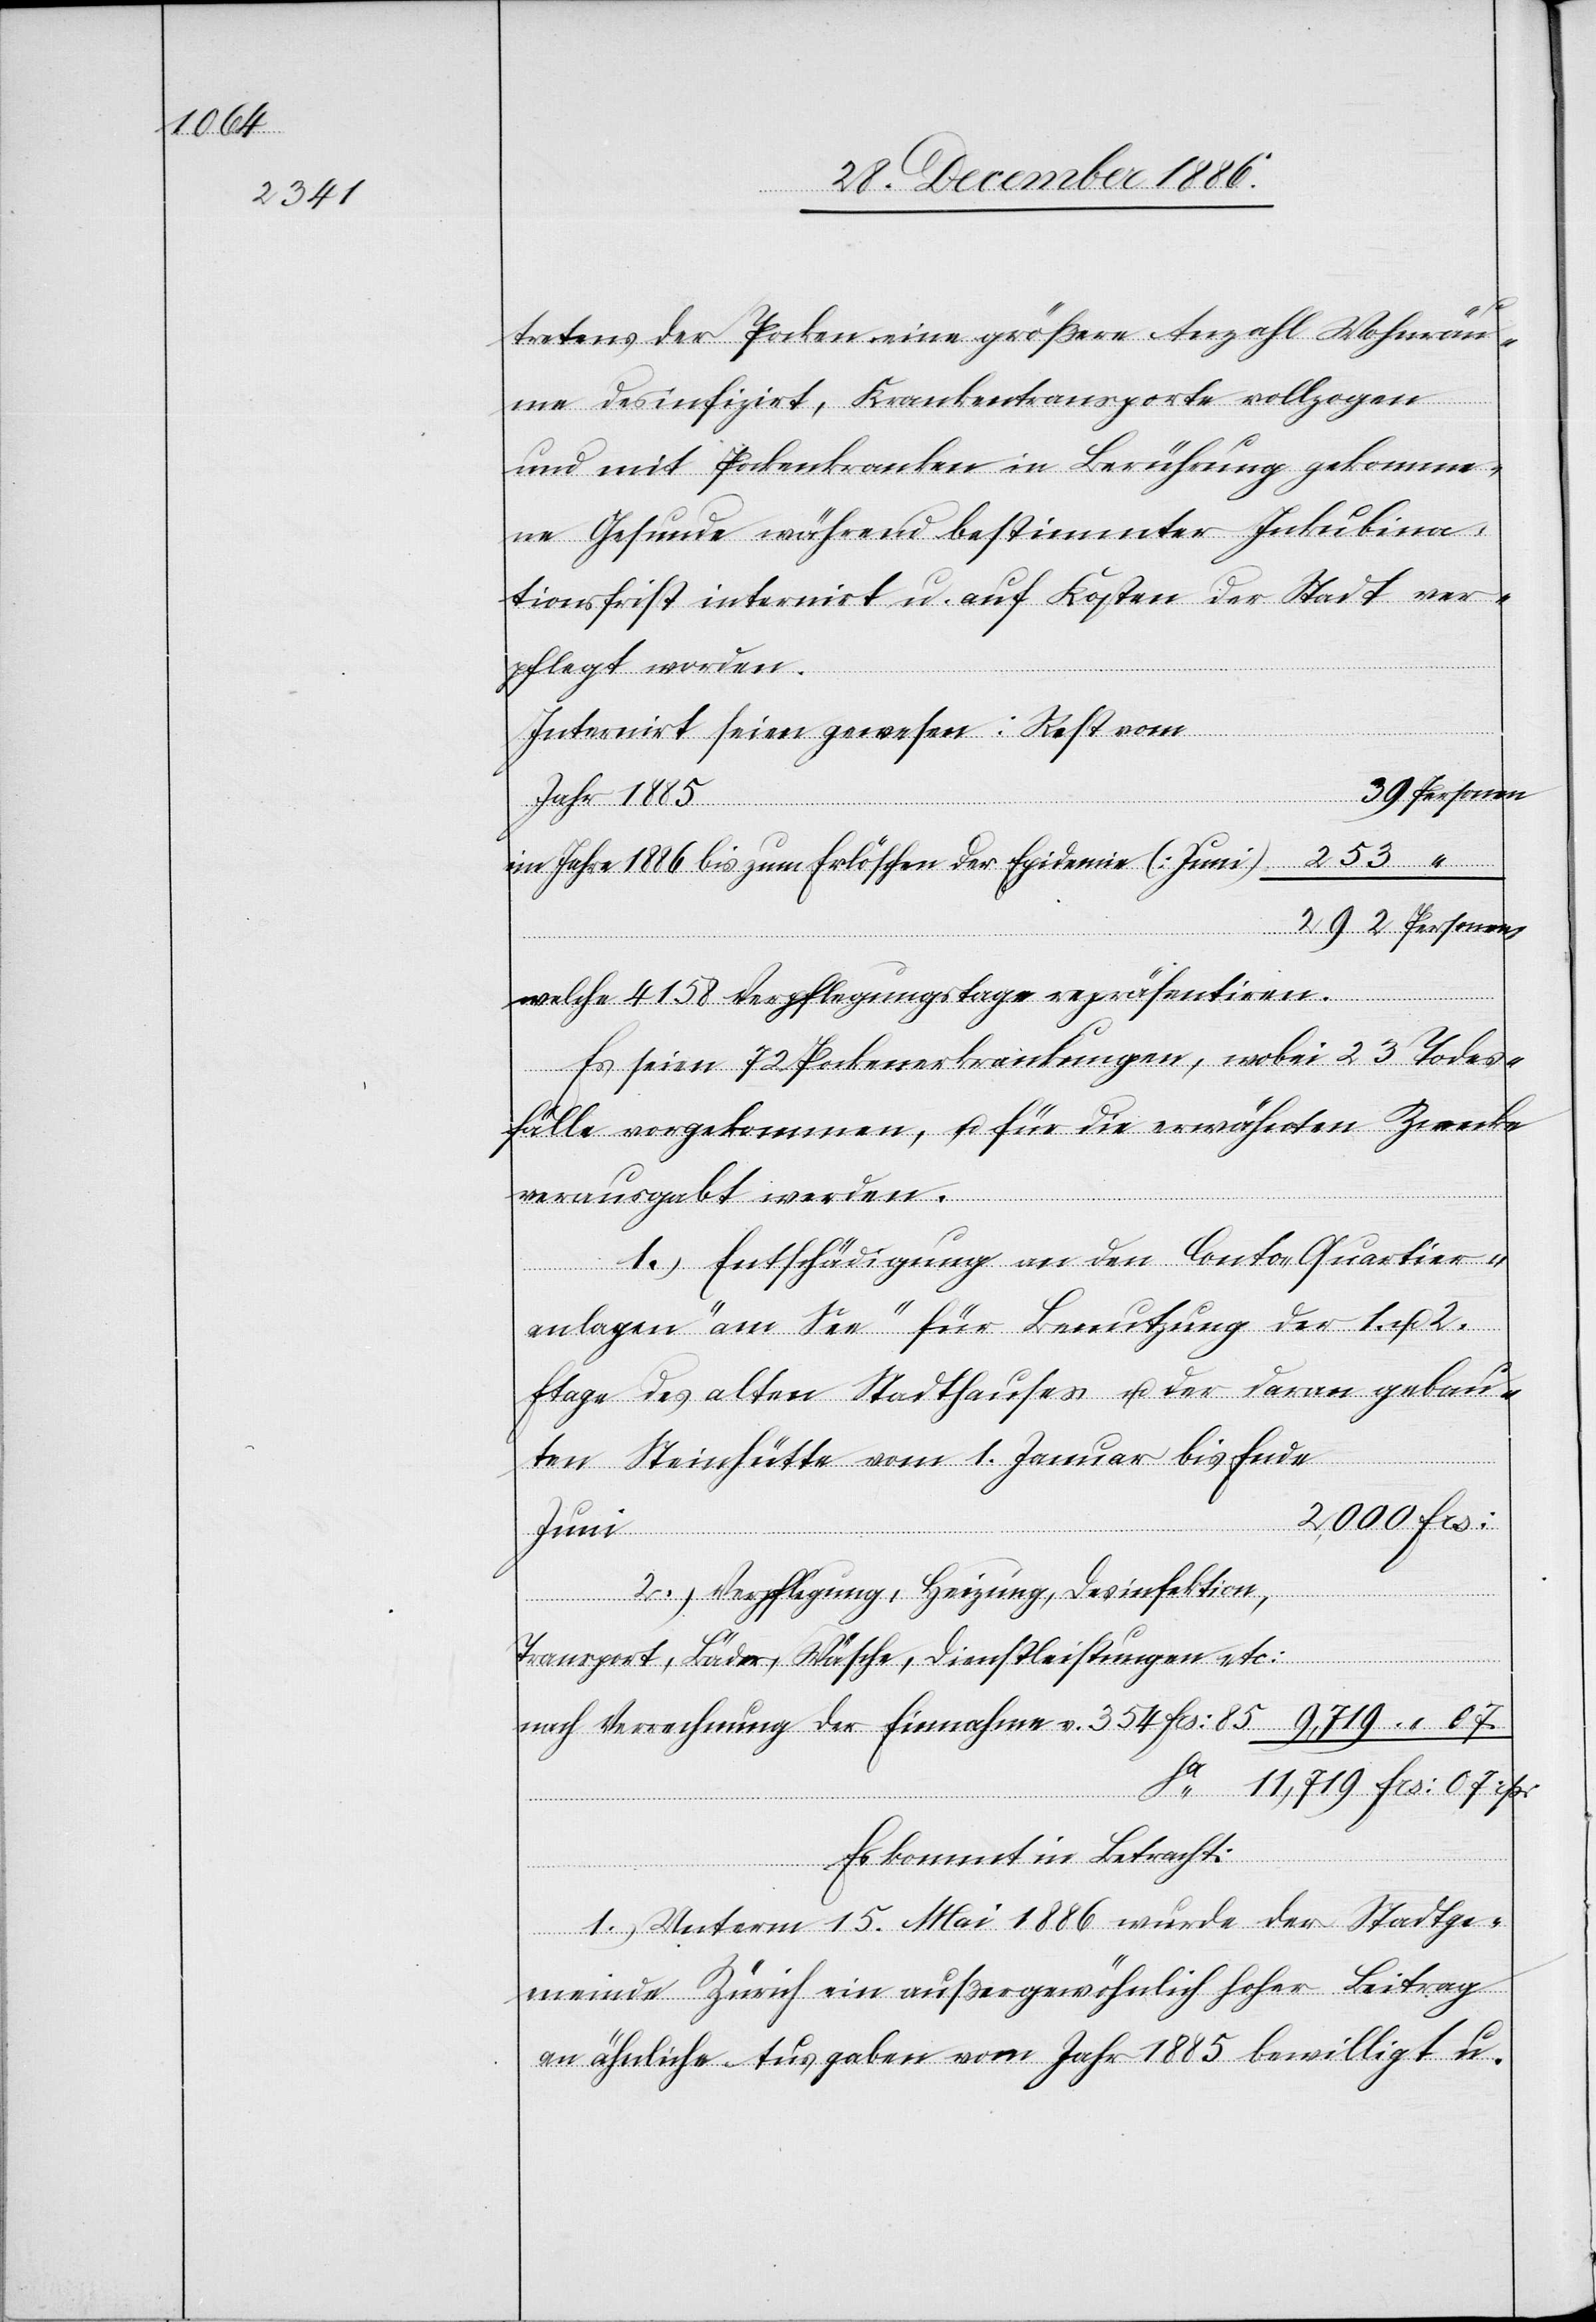
[sic!] der Pocken eine größere Anzahl Wohnräu¬
me desinfizirt, Krankentransporte vollzogen
und mit Pockenkranken in Berührung gekomme¬
ne Gesunde während bestimmter Inkubina¬
tionsfrist internirt u. auf Kosten der Stadt ver¬
pflegt worden.
Internirt seien gewesen: Rest vom
Personen,
Jahr 1885
im Jahre 1886 bis zum Erlöschen der Epidemie (Juni)
welche 4158 Verpflegungstage repräsentiren.
Es seien 72 Pockenerkrankungen, wobei 23 Todes¬
fälle vorgekommen, u. für die erwähnten Zwecke
verausgabt worden:
1.) Entschädigung an den Conto „Quartier¬
anlagen am See“ für Benutzung der 1.
Etage des alten Stadthauses u. der daran gebau¬
ten Steinhütte vom 1. Januar bis Ende
2,000 Frs:
Juni
2.) Verpflegung, Heizung, Desinfektion,
Transport, Bäder, Wäsche, Dienstleistungen etc:
nach Verrechnung der Einnahme v. 354 Frs: 85
11,719 Frs: 07 rp:
Es kommt in Betracht:
1.) Unterm 15. Mai 1886 wurde der Stadtge¬
tretens
meinde Zürich ein außergewöhnlich hoher Beitrag
an ähnliche Ausgaben vom Jahr 1885 bewilligt u.